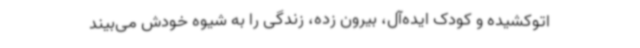
اتوکشیده و کودک ایده‌آل، بیرون زده، زندگی را به شیوه خودش می‌بیند